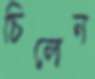
চিলেন